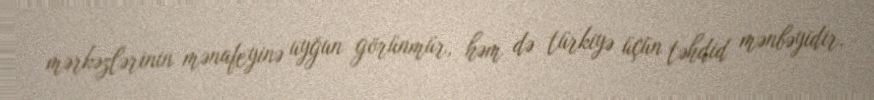
mərkəzlərinin mənafeyinə uyğun görünmür, həm də türkiyə üçün təhdid mənbəyidir.